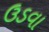
ઉડવા